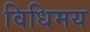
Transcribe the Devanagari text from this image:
विधिमय